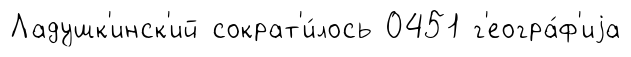
Ладушк'инск'ий сократ'и́лось 0451 г'еогра́ф'иjа